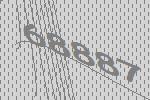
68887